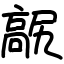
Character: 髛